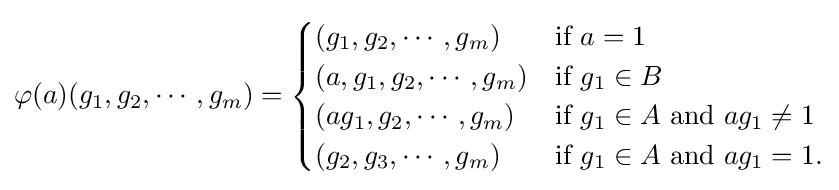
\varphi (a)(g_{1},g_{2},\cdots ,g_{m})={\begin{cases}(g_{1},g_{2},\cdots ,g_{m})&{\text{if }}a=1\\(a,g_{1},g_{2},\cdots ,g_{m})&{\text{if }}g_{1}\in B\\(ag_{1},g_{2},\cdots ,g_{m})&{\text{if }}g_{1}\in A{\text{ and }}ag_{1}\neq 1\\(g_{2},g_{3},\cdots ,g_{m})&{\text{if }}g_{1}\in A{\text{ and }}ag_{1}=1.\end{cases}}